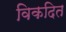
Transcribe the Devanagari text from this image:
विकदित